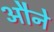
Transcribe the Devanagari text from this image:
औने